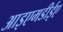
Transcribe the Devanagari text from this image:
आइएमडीईए